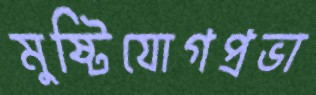
মুষ্টিযোগপ্রভা